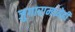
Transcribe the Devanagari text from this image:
जुगारामध्येही